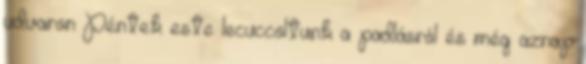
udvaron Péntek este lecuccoltunk a padlásról és még aznap